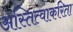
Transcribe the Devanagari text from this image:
अस्तित्वाकरिता